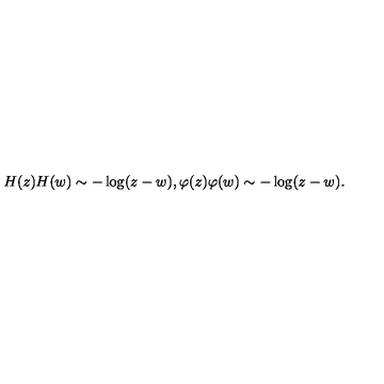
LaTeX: H ( z ) H ( w ) \sim - \log ( z - w ) , \varphi ( z ) \varphi ( w ) \sim - \log ( z - w ) .